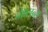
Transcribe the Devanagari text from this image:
नेशलन्स